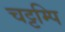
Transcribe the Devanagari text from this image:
चट्टम्पि